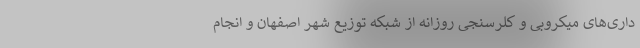
داری‌های میکروبی و کلرسنجی روزانه از شبکه توزیع شهر اصفهان و انجام